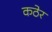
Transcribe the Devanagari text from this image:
कठेर